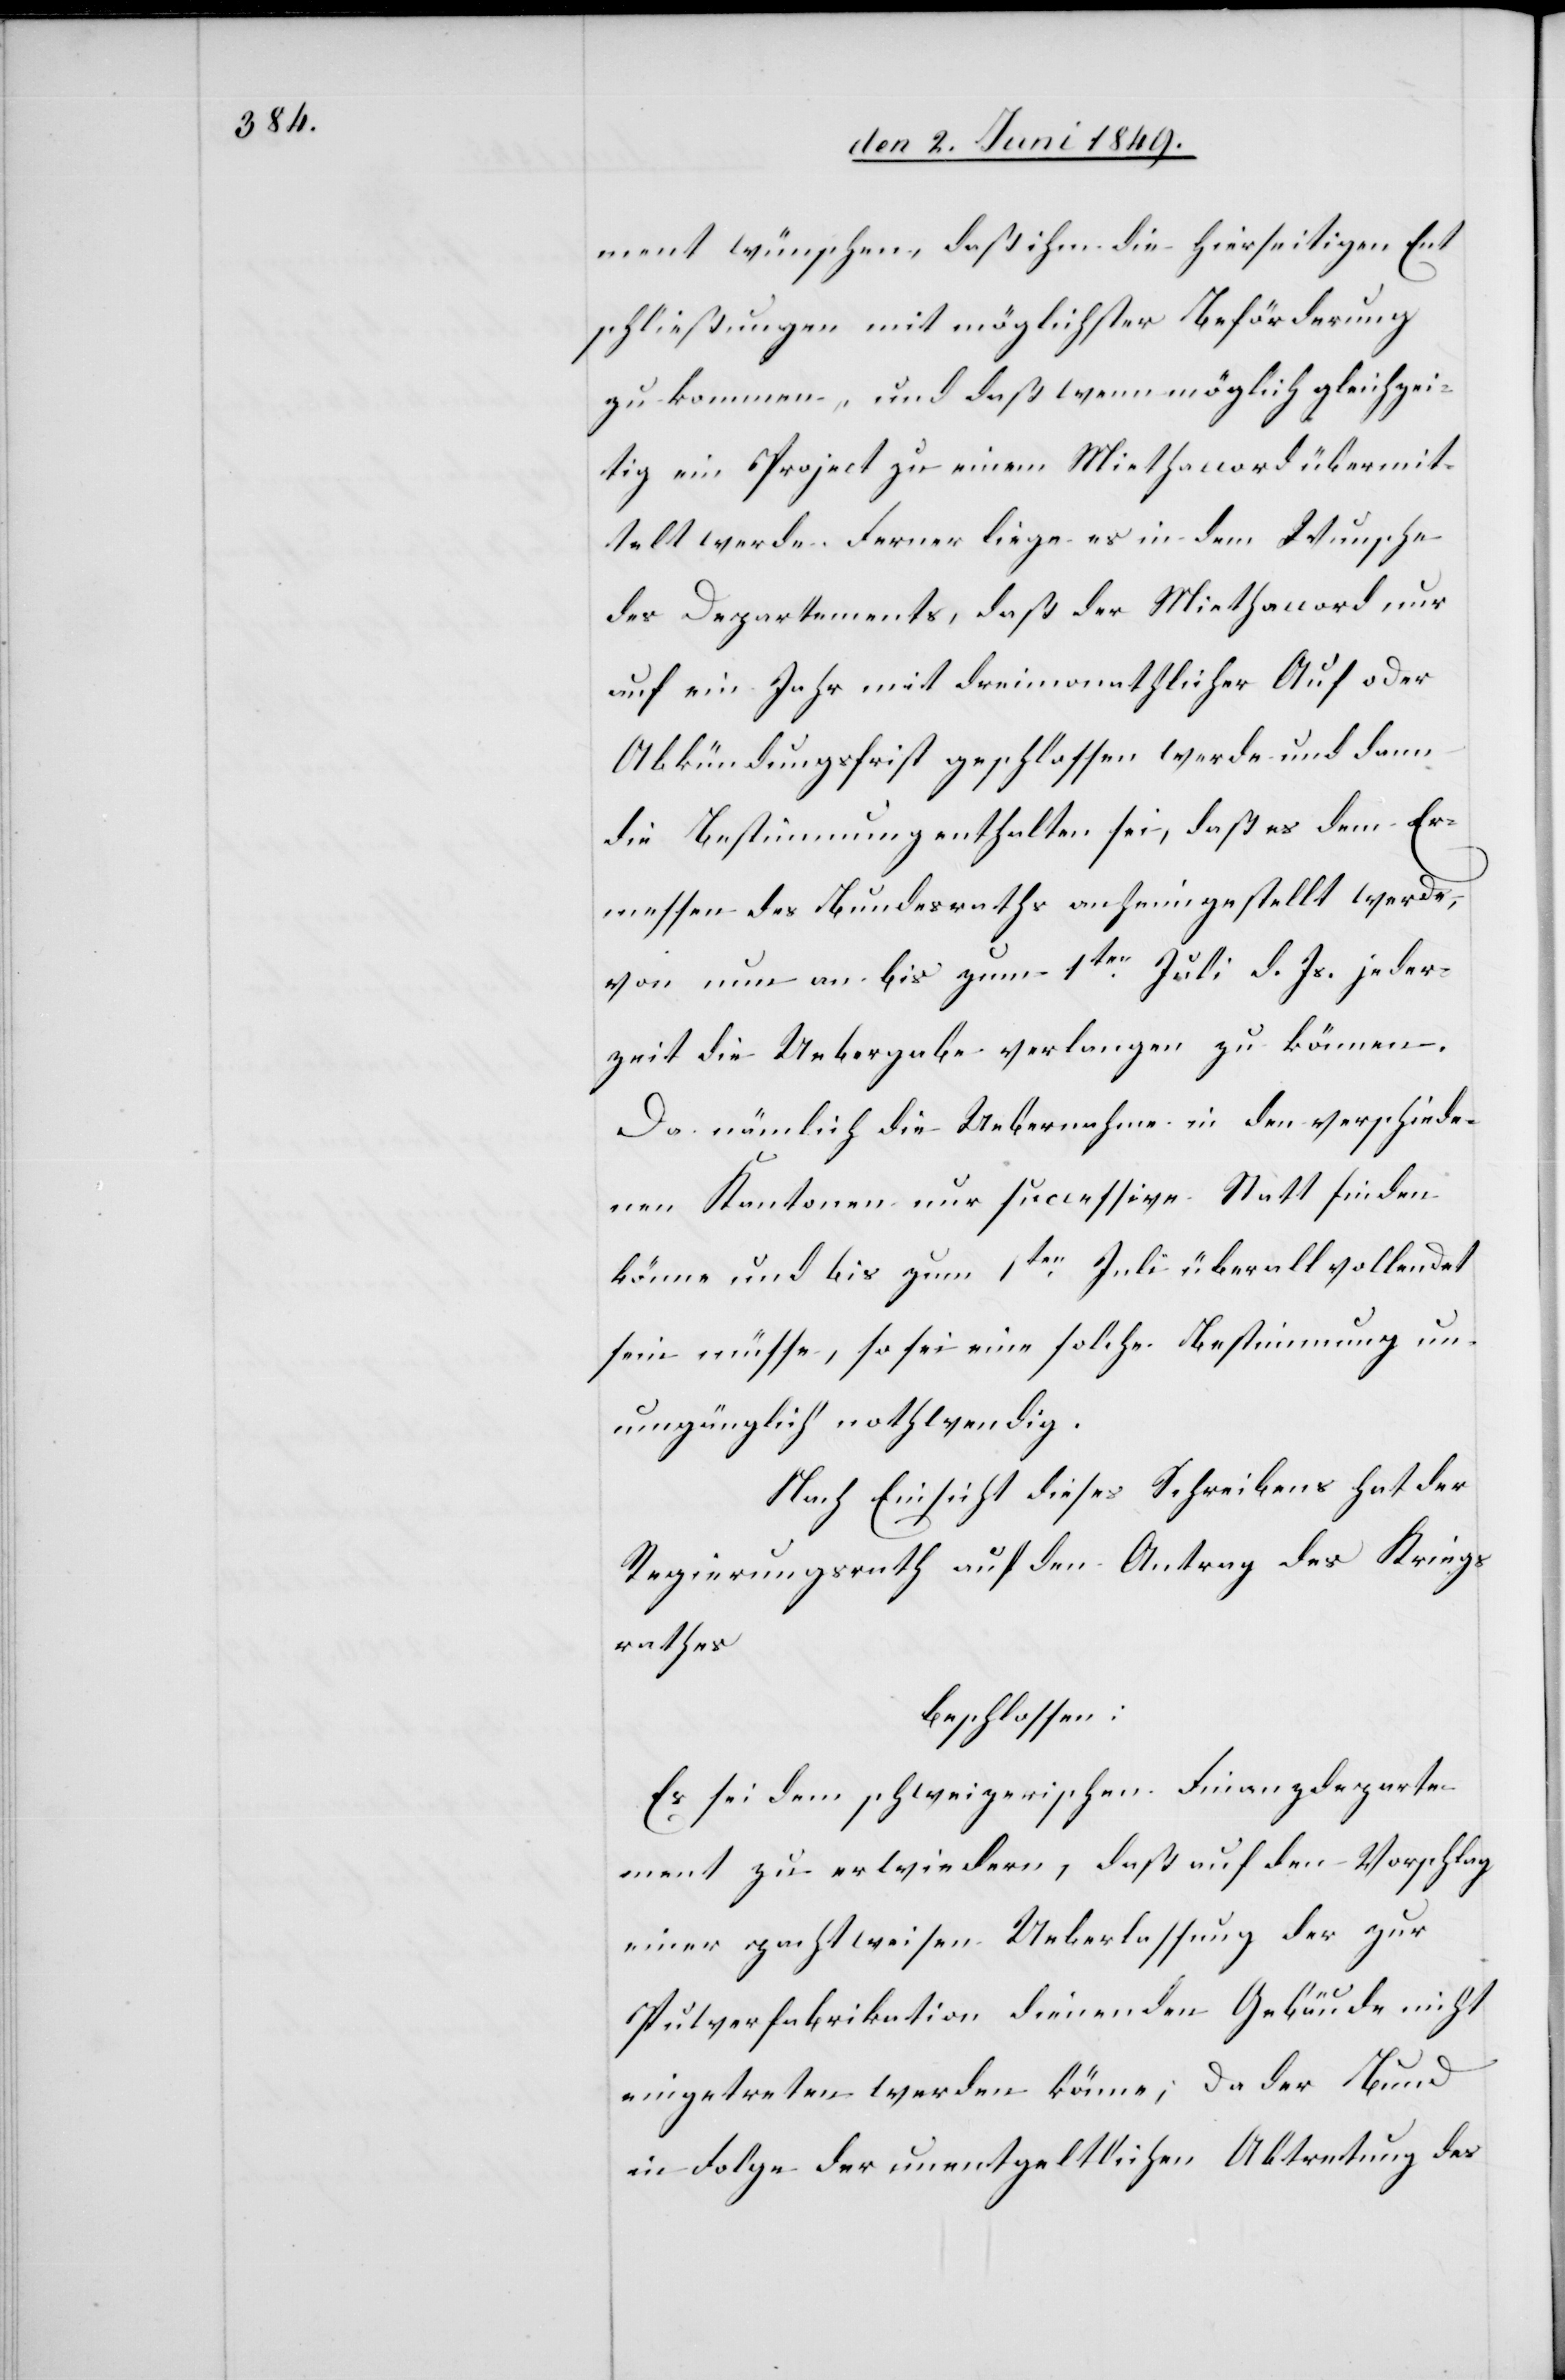
ment wünschen, daß ihm die hierseitigen Ent¬
schließungen mit möglichster Beförderung
zu kommen, und daß wenn möglich gleichzei¬
tig ein Project zu einem Miethaccord übermit¬
telt werde. Ferner liege es in dem Wunsche
des Departements, daß der Miethaccord nur
auf ein Jahr mit dreimonathlicher Auf[-] oder
Abkündungsfrist geschlossen werde und dann
die Bestimmung enthalten sei, daß es dem Er¬
messen des Bundesraths anheimgestellt werde,
von nun an bis zum 1ten Juli d. Js. jeder¬
zeit die Uebergabe verlangen zu können.
Da nämlich die Uebernahme in den verschiede¬
nen Kantonen nur successive Statt finden
könne und bis zum 1ten Juli überall vollendet
sein müsse, so sei eine solche Bestimmung un¬
umgänglich nothwendig.
Nach Einsicht dieses Schreibens hat der
Regierungsrath auf den Antrag des Kriegs¬
rathes
beschlossen:
Es sei dem schweizerischen Finanzdeparte¬
ment zu erwiedern, daß auf den Vorschlag
einer pachtweisen Ueberlassung der zur
Pulverfabrikation dienenden Gebäude nicht
eingetreten werden könne; da der Bund
in Folge der unentgeldlichen Abtretung des